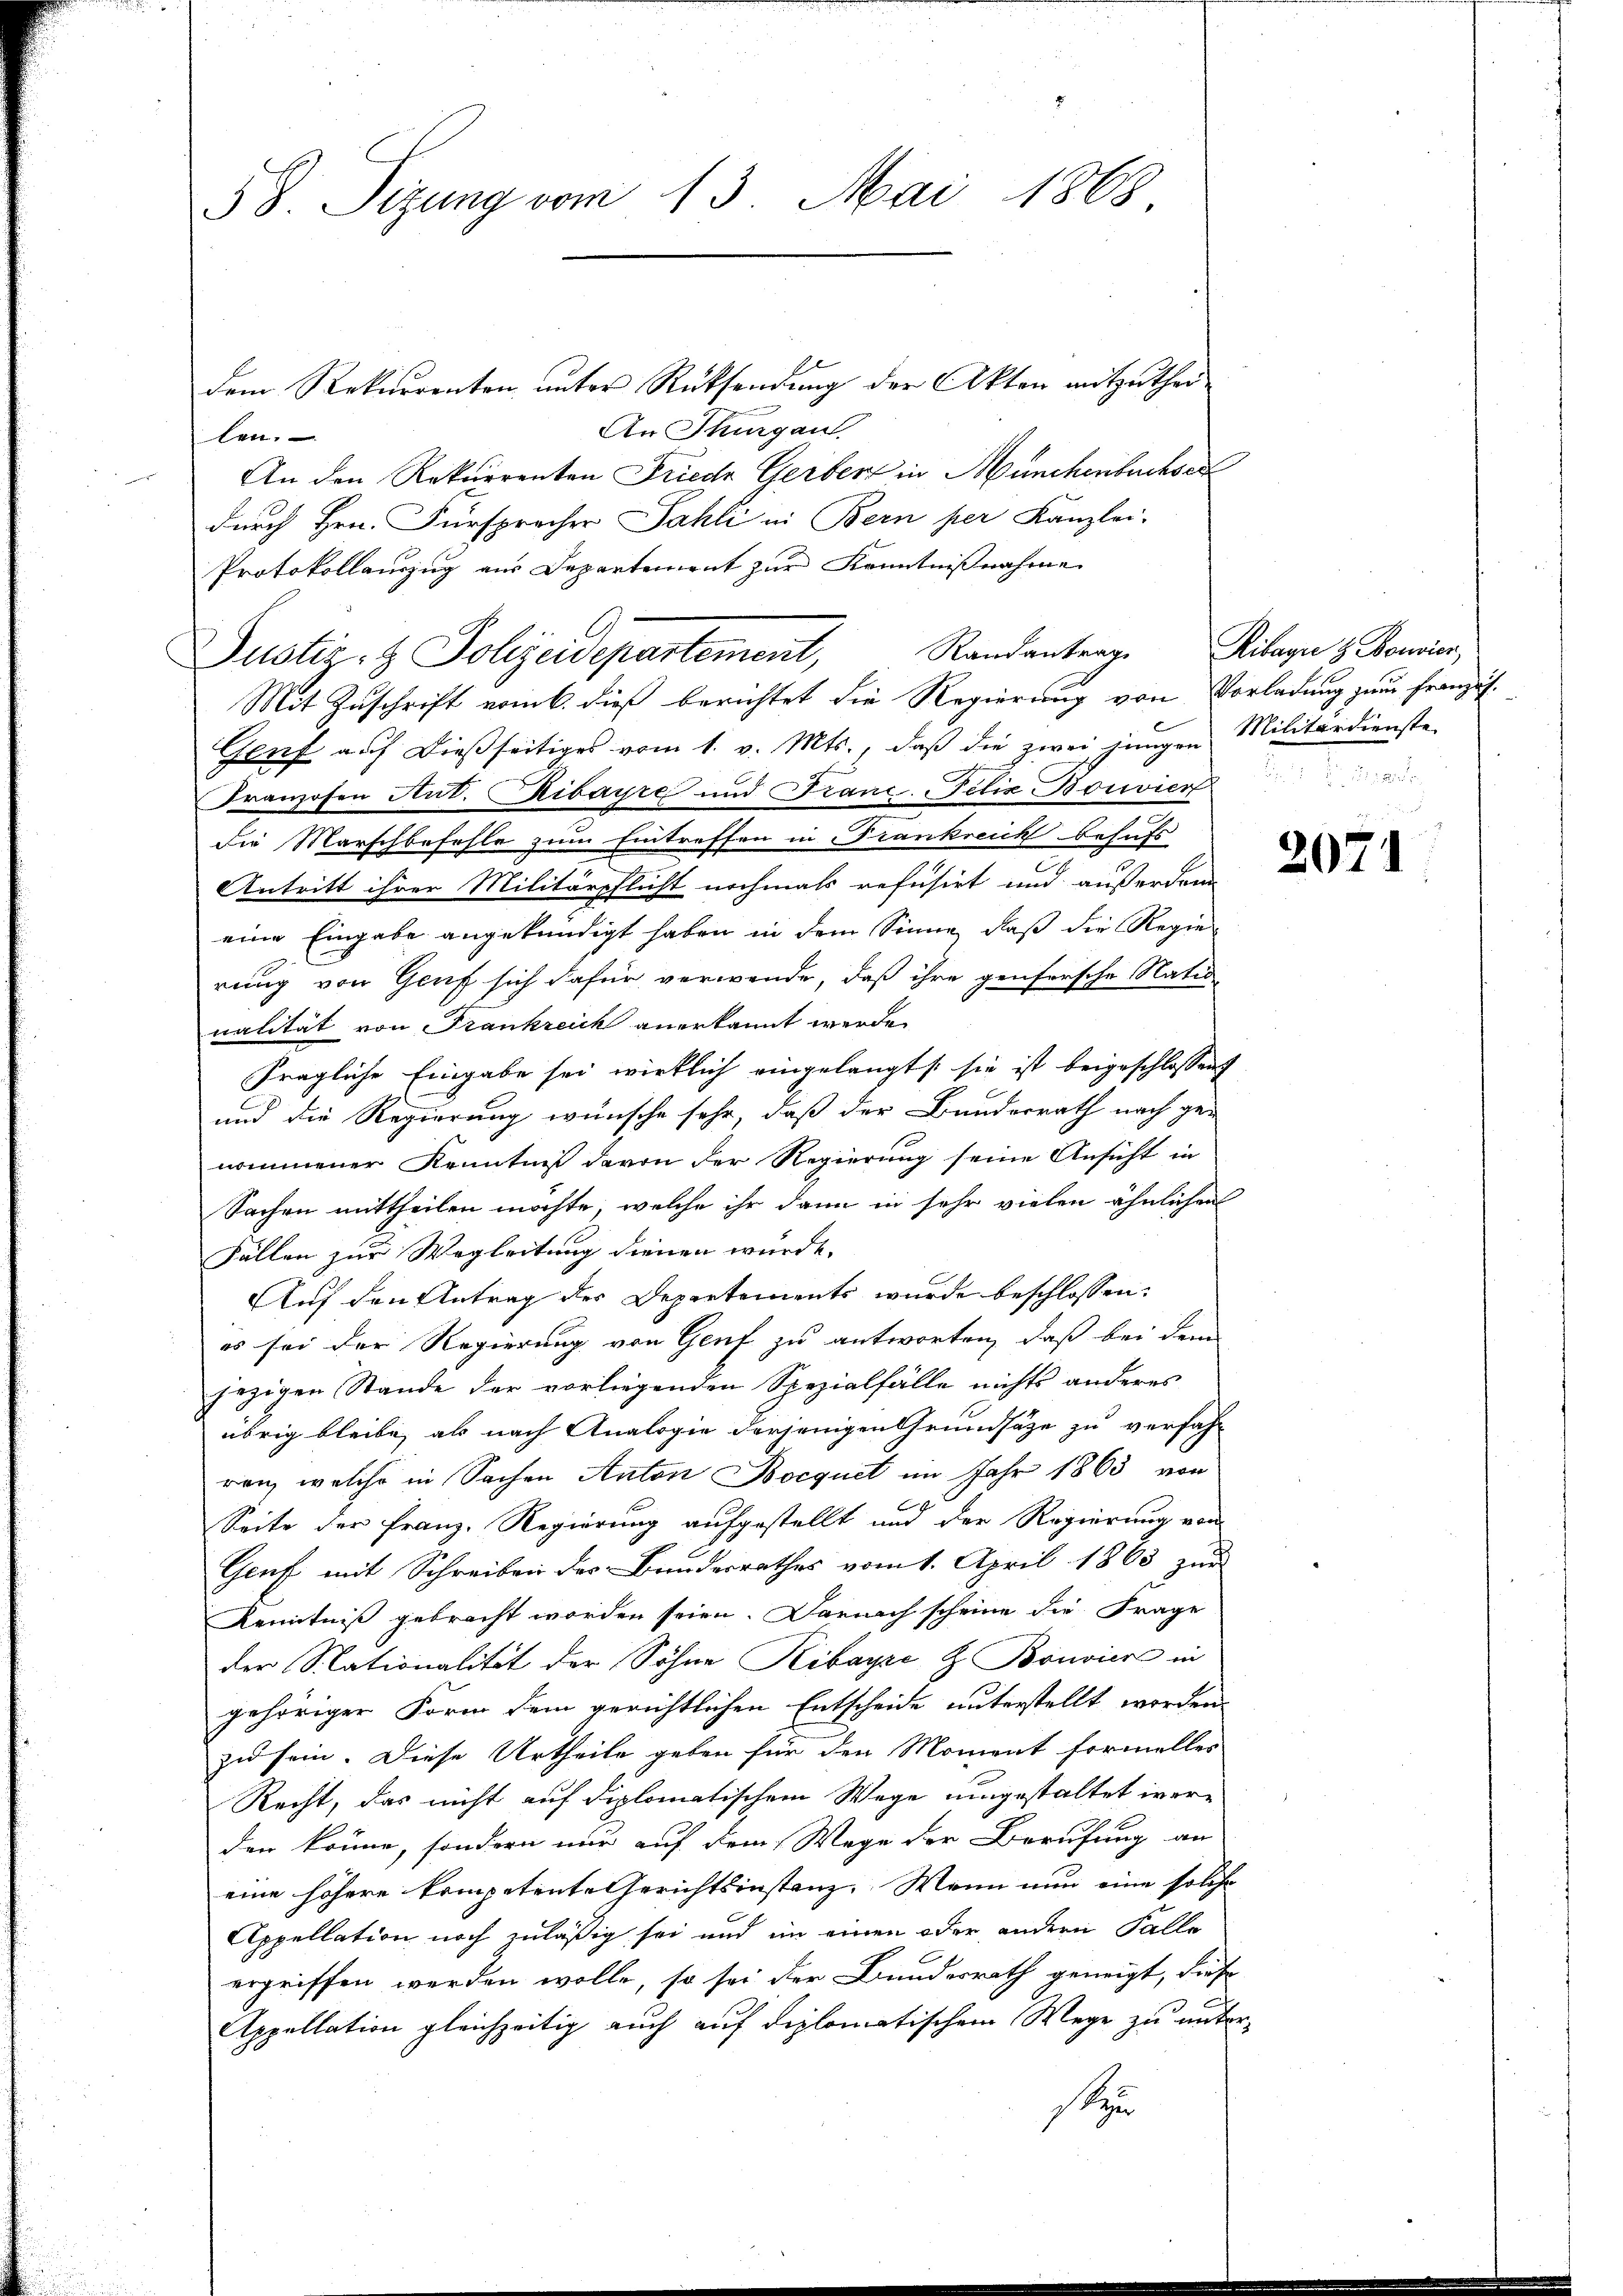
58. Sizung vom 13. Mai 1868.

dem Rekurrenten unter Rücksendung der Akten mitzuthei¬
An Thurgau.
len.
An den Rekurrenten Friede Gerber in Münchenbuchser
durch Hrn. Fürspracher Fahli in Bern per Kanzlei-
Protokollauzug aus Departement zur Kenntnißnahme
Mit Zuschrift vom 6. dieß berichtet die Regierung von Vorladung zum Französ.
Genf auf dießseitiges vom 1. v. Mts., daß die zwei jungen Militärdienste
Franzosen Ant. Ribayre und Franz. Felix Borvier
die Marschbefohle zum Eintreffen in Frankreich behufs
Antritt ihrer Militärpflicht nochmals refusirt und außerdam
eine Eingabe angekündigt haben in dem Sinne, daß die Regie-
rung von Genf sich dafür verwende, daß ihre genfersche Natu
nalität von Frankreich anerkannt werde.
fragliche Eingabe sei wirklich eingelangt sie ist beigeschlossen
und die Regierung wünsche sehr, daß der Bundesrath nach ge-
nommener Kenntniß davon der Regierung seine Ansicht in
Sachen mittheilen möchte, welche ihr dann in sehr vielen ähnlichen
Fällen zur Wegleitung dienen würde.
Auf den Antrag der Departements wurde beschlossen:
es sei der Regierung von Genf zu antworten, daß bei dem
jezigen Stande der vorliegenden Spezialfälle nichts anderes
übrig bleibe, als nach Analogie derjenigen Grundsätze zu verfahr
ren, welche in Sachen Anton Bocquet im Jahr 1863 von
Seite der Franz, Regierung aufgestellt und der Regierung von
Genf mit Schreiben des Bundesrathes vom 1. April 1863 zur
Kenntniß gebracht worden seien. Darnach scheine die Frage
der Stationalität der Söhne Kibayze & Bonvier in
gehöriger Form dem gerichtlichen Entscheide unterstellt worden.
zu sein. Diese Urtheile geben für den Moment formelles
Recht, das nicht auf diplomatischem Wege umgestaltet werden könne, sondern nur auf dem Wege der Berufung an
eine höhere kompetente Gerichtsinstanz. Wenn nun eine solche
Appellation noch zuläßig sei und im einen oder andern Falle
ergriffen werden wolle, so sei der Bundesrath geneigt, diese
Appellation gleichzeitig auch auf diplomatischem Wege zu unter-
son

Justiz- & Polizeidepartement, Randantrag. Pilage & Bonier,

2071